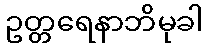
ဥတ္တရေနာဘိမုခါ